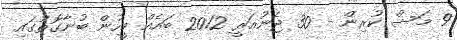
9 މަސް ކުރިން - 30 ޖެނުއަރީ 2012 ބައެއް މީހުން ބުނާގޮތުގައި